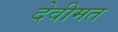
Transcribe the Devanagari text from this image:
देवीमत